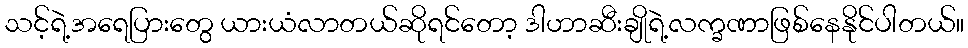
သင့်ရဲ့အရေပြားတွေ ယားယံလာတယ်ဆိုရင်တော့ ဒါဟာဆီးချိုရဲ့လက္ခဏာဖြစ်နေနိုင်ပါတယ်။